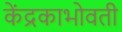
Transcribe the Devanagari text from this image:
केंद्रकाभोवती